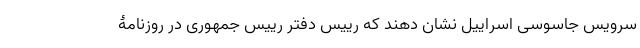
سرویس جاسوسی اسراییل نشان دهند که رییس دفتر رییس جمهوری در روزنامۀ